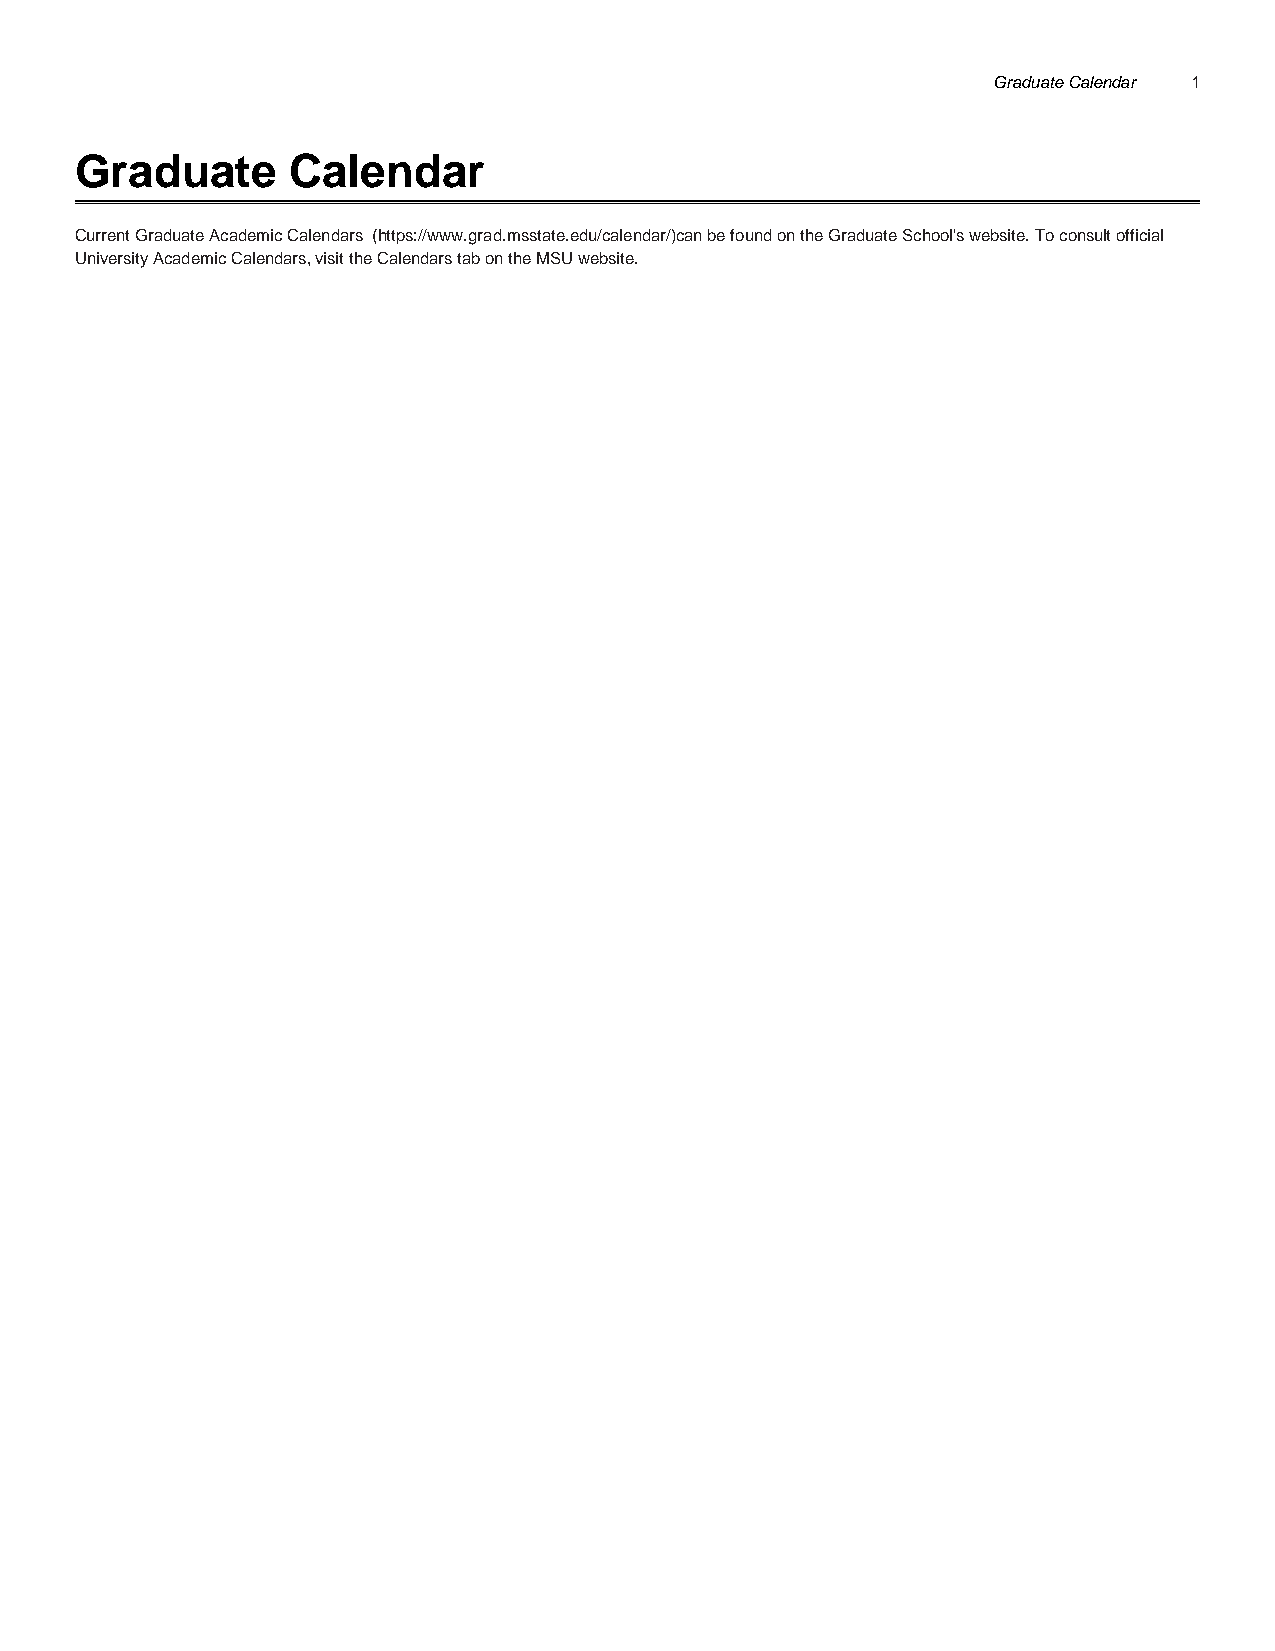
Graduate Calendar 1
 Graduate      Calendar
 Current Graduate Academic Calendars (https://www.grad.msstate.edu/calendar/)can be found on the Graduate School's website. To consult official
 University Academic Calendars, visit the Calendars tab on the MSU website.